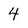
Character: 4